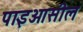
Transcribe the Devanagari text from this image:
पाइओसील